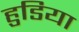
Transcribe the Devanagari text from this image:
हुडिया